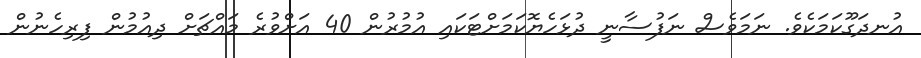
އުނދަގޫކަމަކެވެ. ނަމަވެސް ނަފުސާނީ ދުޅަހެޔޮކަމަށްޓަކައި އުމުރުން 40 އަށްވުރެ މައްޗަށް ދިއުމުން ފިރިހެނުން